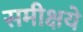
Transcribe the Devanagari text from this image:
समीक्षये